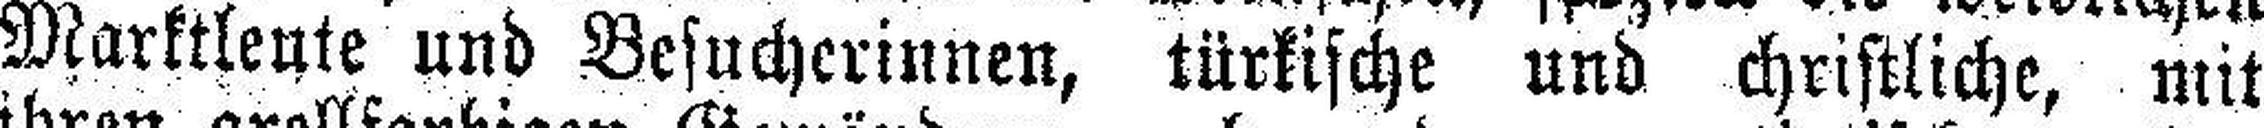
Marktleute und Besucherinnen, türkische und christliche, mit